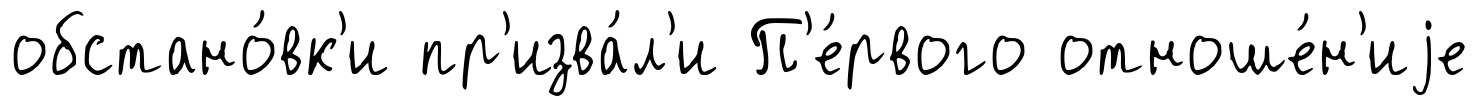
обстано́вк'и пр'изва́л'и П'е́рвого отноше́н'иjе